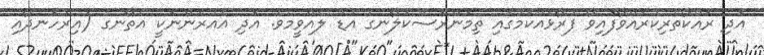
އަދި ރައްކާތެރިކުރައްވާފައިވާ ފުރާޅެއްކަމުގައި ތިމަންރަސްކަލާނގެ އުޑު ލެއްވީމެވެ. އަދި އެއުރެންނަކީ އެތާނގެ (އިރުހަނދާއި